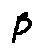
\beta